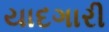
યાદગારી